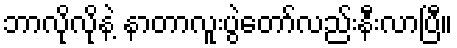
ဘာလိုလိုနဲ့ နာတာလူးပွဲတော်လည်းနီးလာပြီ။